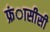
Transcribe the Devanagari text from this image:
फ्रंासीसी